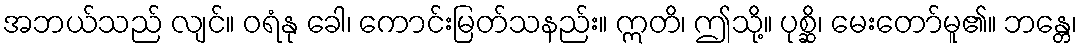
အဘယ်သည် လျင်။ ဝရံနု ခေါ၊ ကောင်းမြတ်သနည်း။ ဣတိ၊ ဤသို့။ ပုစ္ဆိ၊ မေးတော်မူ၏။ ဘန္တေ၊